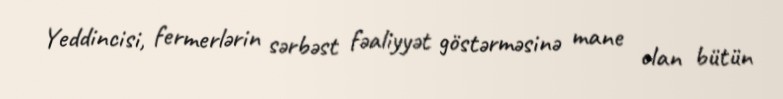
Yeddincisi, fermerlərin sərbəst fəaliyyət göstərməsinə mane olan bütün